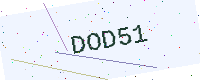
Text: DOD51